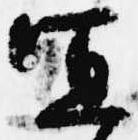
宜